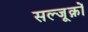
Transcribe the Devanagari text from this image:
सल्जूक़ों